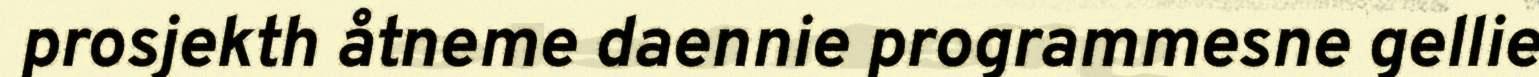
prosjekth åtneme daennie programmesne gellie